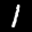
Label: 1